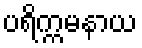
ပရိက္ကမနာယ